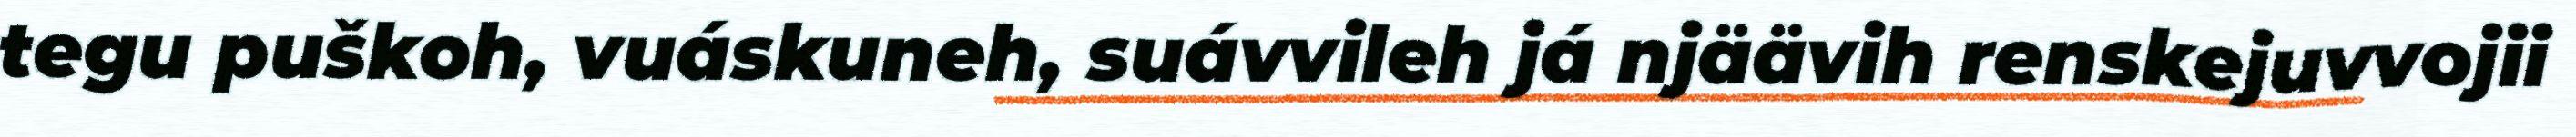
tegu puškoh, vuáskuneh, suávvileh já njäävih renskejuvvojii